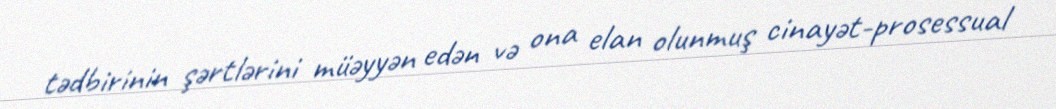
tədbirinin şərtlərini müəyyən edən və ona elan olunmuş cinayət-prosessual